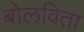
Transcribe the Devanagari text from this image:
बोलविता